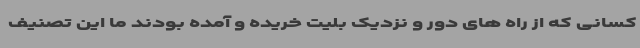
کسانی که از راه های دور و نزدیک بلیت خریده و آمده بودند ما این تصنیف